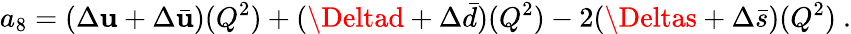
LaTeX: a_{8}=(\Delta\mathbf{u}+\Delta\bar{{\mathbf{u}}})(Q^{2})+(\Deltad+\Delta\bar{{d}})(Q^{2})-2(\Deltas+\Delta\bar{{s}})(Q^{2})~.